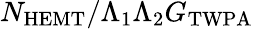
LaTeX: {N_{\mathrm{HEMT}}}/{\Lambda_{1}\Lambda_{2}G_{\mathrm{TWPA}}}